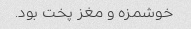
خوشمزه و مغز پخت بود.